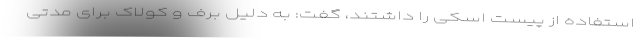
استفاده از پیست اسکی را داشتند، گفت: به دلیل برف و کولاک برای مدتی